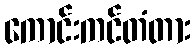
ကောင်းကင်တံတား